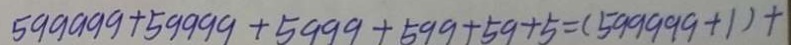
5 9 9 9 9 9 + 5 9 9 9 9 + 5 9 9 9 + 5 9 9 + 5 9 + 5 = ( 5 9 9 9 9 9 + 1 ) + 1